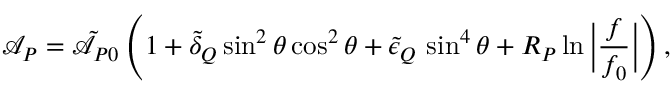
\mathcal { A } _ { P } = \tilde { \mathcal { A } } _ { P 0 } \left( 1 + \tilde { \delta } _ { Q } \sin ^ { 2 } \theta \cos ^ { 2 } \theta + \tilde { \epsilon } _ { Q } \, \sin ^ { 4 } \theta + R _ { P } \ln { \bigg | \frac { f } { f _ { 0 } } \bigg | } \right) ,